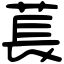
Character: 萇